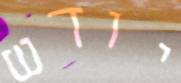
יודש